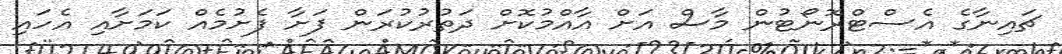
ޗައިނާގެ އެސްޓްރޮނޯޓުން މާސް އަށް އާއްމުކޮށް ދަތުރުކުރަން ފަށާ ފެށުމެއް ކަމަށާއި އެހައި